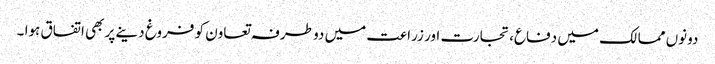
دونوں ممالک میں دفاع، تجارت اور زراعت میں دو طرفہ تعاون کو فروغ دینے پر بھی اتفاق ہوا ۔